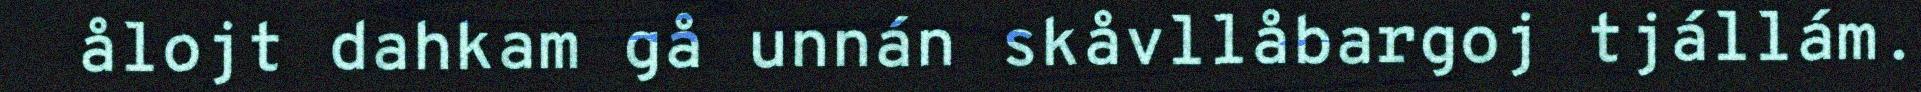
ålojt dahkam gå unnán skåvllåbargoj tjállám.